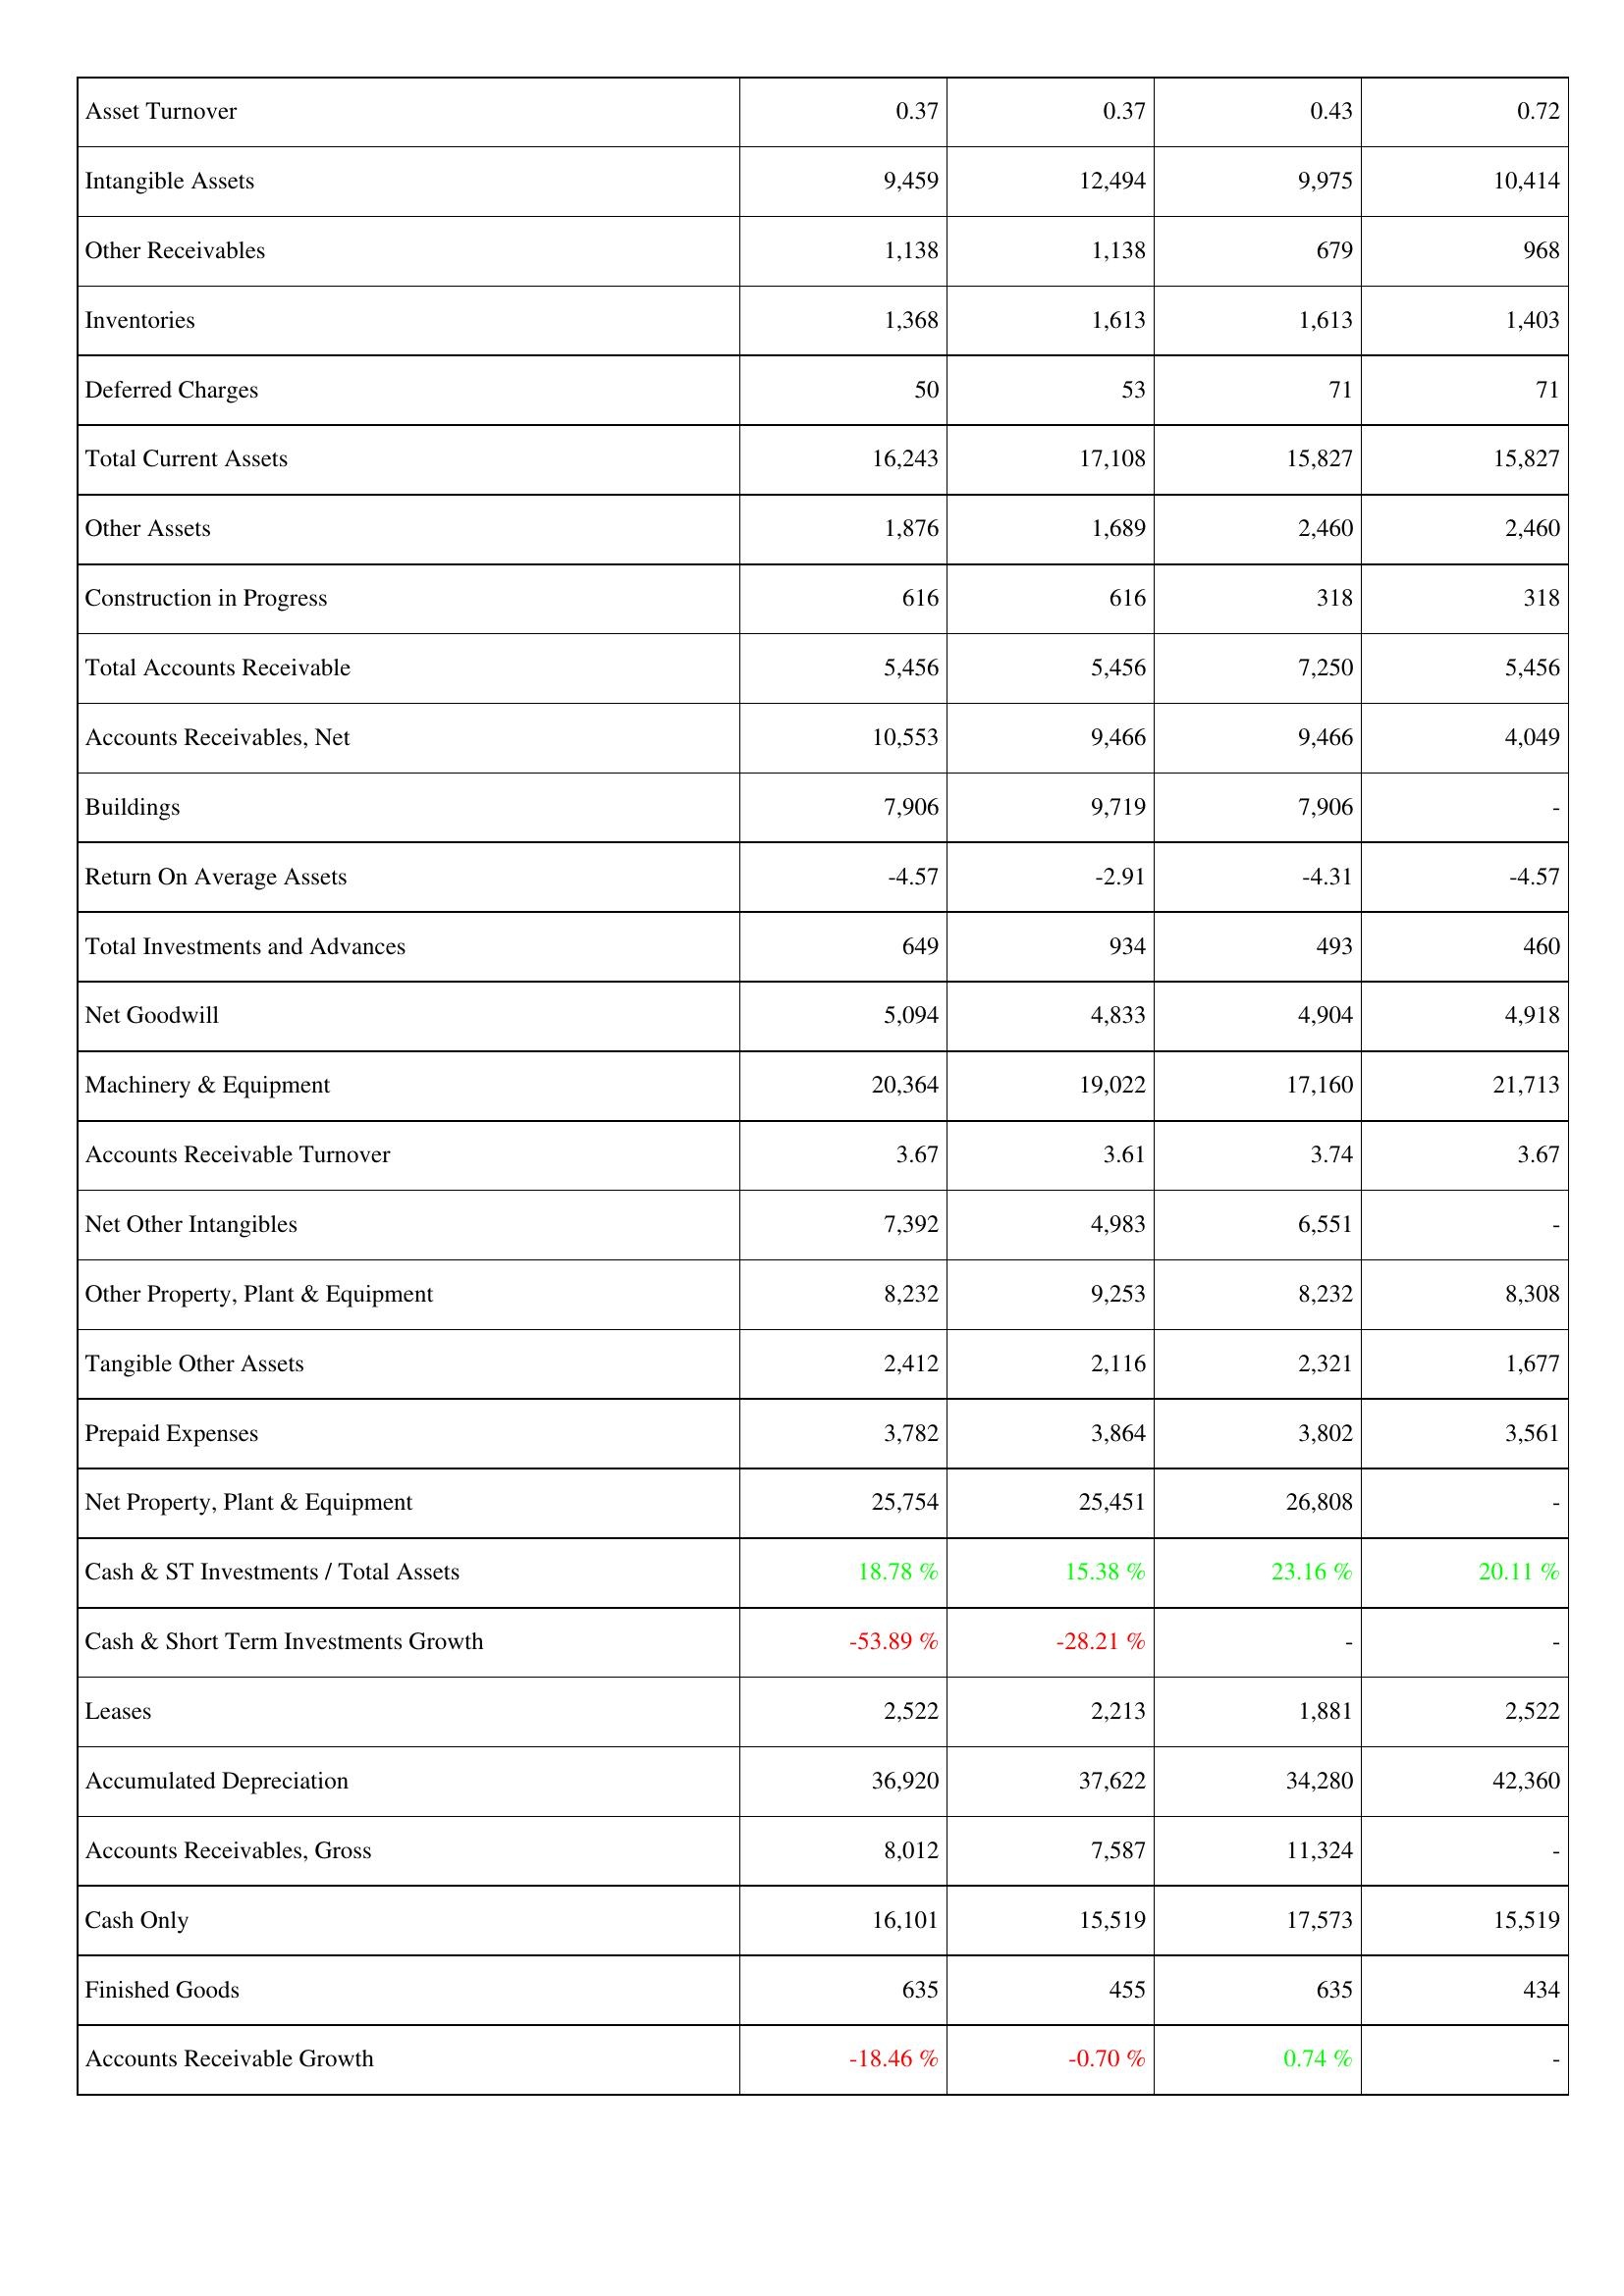
2014: Assets: Asset Turnover: 0.37
Intangible Assets: 9,459
Other Receivables: 1,138
Inventories: 1,368
Deferred Charges: 50
Total Current Assets: 16,243
Other Assets: 1,876
Construction in Progress: 616
Total Accounts Receivable: 5,456
Accounts Receivables, Net: 10,553
Buildings: 7,906
Return On Average Assets: -4.57
Total Investments and Advances: 649
Net Goodwill: 5,094
Machinery & Equipment: 20,364
Accounts Receivable Turnover: 3.67
Net Other Intangibles: 7,392
Other Property, Plant & Equipment: 8,232
Tangible Other Assets: 2,412
Prepaid Expenses: 3,782
Net Property, Plant & Equipment: 25,754
Cash & ST Investments / Total Assets: 18.78 %
Cash & Short Term Investments Growth: -53.89 %
Leases: 2,522
Accumulated Depreciation: 36,920
Accounts Receivables, Gross: 8,012
Cash Only: 16,101
Finished Goods: 635
Accounts Receivable Growth: -18.46 %
2013: Assets: Asset Turnover: 0.37
Intangible Assets: 12,494
Other Receivables: 1,138
Inventories: 1,613
Deferred Charges: 53
Total Current Assets: 17,108
Other Assets: 1,689
Construction in Progress: 616
Total Accounts Receivable: 5,456
Accounts Receivables, Net: 9,466
Buildings: 9,719
Return On Average Assets: -2.91
Total Investments and Advances: 934
Net Goodwill: 4,833
Machinery & Equipment: 19,022
Accounts Receivable Turnover: 3.61
Net Other Intangibles: 4,983
Other Property, Plant & Equipment: 9,253
Tangible Other Assets: 2,116
Prepaid Expenses: 3,864
Net Property, Plant & Equipment: 25,451
Cash & ST Investments / Total Assets: 15.38 %
Cash & Short Term Investments Growth: -28.21 %
Leases: 2,213
Accumulated Depreciation: 37,622
Accounts Receivables, Gross: 7,587
Cash Only: 15,519
Finished Goods: 455
Accounts Receivable Growth: -0.70 %
2012: Assets: Asset Turnover: 0.43
Intangible Assets: 9,975
Other Receivables: 679
Inventories: 1,613
Deferred Charges: 71
Total Current Assets: 15,827
Other Assets: 2,460
Construction in Progress: 318
Total Accounts Receivable: 7,250
Accounts Receivables, Net: 9,466
Buildings: 7,906
Return On Average Assets: -4.31
Total Investments and Advances: 493
Net Goodwill: 4,904
Machinery & Equipment: 17,160
Accounts Receivable Turnover: 3.74
Net Other Intangibles: 6,551
Other Property, Plant & Equipment: 8,232
Tangible Other Assets: 2,321
Prepaid Expenses: 3,802
Net Property, Plant & Equipment: 26,808
Cash & ST Investments / Total Assets: 23.16 %
Cash & Short Term Investments Growth: -
Leases: 1,881
Accumulated Depreciation: 34,280
Accounts Receivables, Gross: 11,324
Cash Only: 17,573
Finished Goods: 635
Accounts Receivable Growth: 0.74 %
2011: Assets: Asset Turnover: 0.72
Intangible Assets: 10,414
Other Receivables: 968
Inventories: 1,403
Deferred Charges: 71
Total Current Assets: 15,827
Other Assets: 2,460
Construction in Progress: 318
Total Accounts Receivable: 5,456
Accounts Receivables, Net: 4,049
Buildings: -
Return On Average Assets: -4.57
Total Investments and Advances: 460
Net Goodwill: 4,918
Machinery & Equipment: 21,713
Accounts Receivable Turnover: 3.67
Net Other Intangibles: -
Other Property, Plant & Equipment: 8,308
Tangible Other Assets: 1,677
Prepaid Expenses: 3,561
Net Property, Plant & Equipment: -
Cash & ST Investments / Total Assets: 20.11 %
Cash & Short Term Investments Growth: -
Leases: 2,522
Accumulated Depreciation: 42,360
Accounts Receivables, Gross: -
Cash Only: 15,519
Finished Goods: 434
Accounts Receivable Growth: -